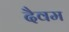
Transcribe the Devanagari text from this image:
दैवम